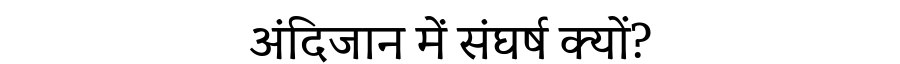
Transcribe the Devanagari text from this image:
अंदिजान में संघर्ष क्यों?